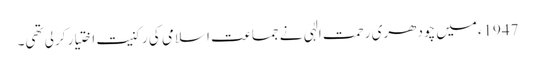
1947ءمیں چودھری رحمت الٰہی نے جماعت اسلامی کی رکنیت اختیار کرلی تھی۔